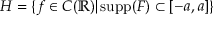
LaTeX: H = \{ f \in C ( \mathbb { R } ) | \operatorname { s u p p } ( F ) \subset [ - a , a ] \}